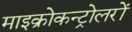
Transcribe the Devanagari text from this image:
माइक्रोकन्ट्रोलरों